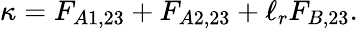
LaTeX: \kappa=F_{A1,23}+F_{A2,23}+\ell_{r}F_{B,23}.